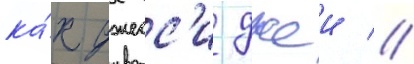
ка́к джесс'и джеи //